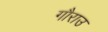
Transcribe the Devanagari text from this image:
गौराउ